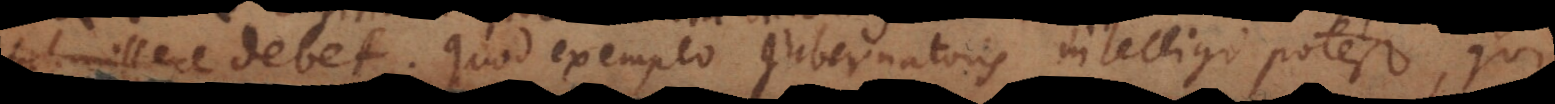
subire debet. Quod exemplo gubernatoris intelligi potest, qui